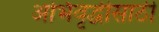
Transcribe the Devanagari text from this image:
अभिवृद्धीसाठी